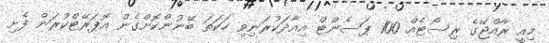
މިއީ ރާއްޖޭގެ ރިސޯޓެއް 100 ޕަސެންޓް އިއާދަކުރަނިވި ހަކަތަ ބޭނުންކޮށްގެން އޮޕަރޭޓްކުރަން ފެށި